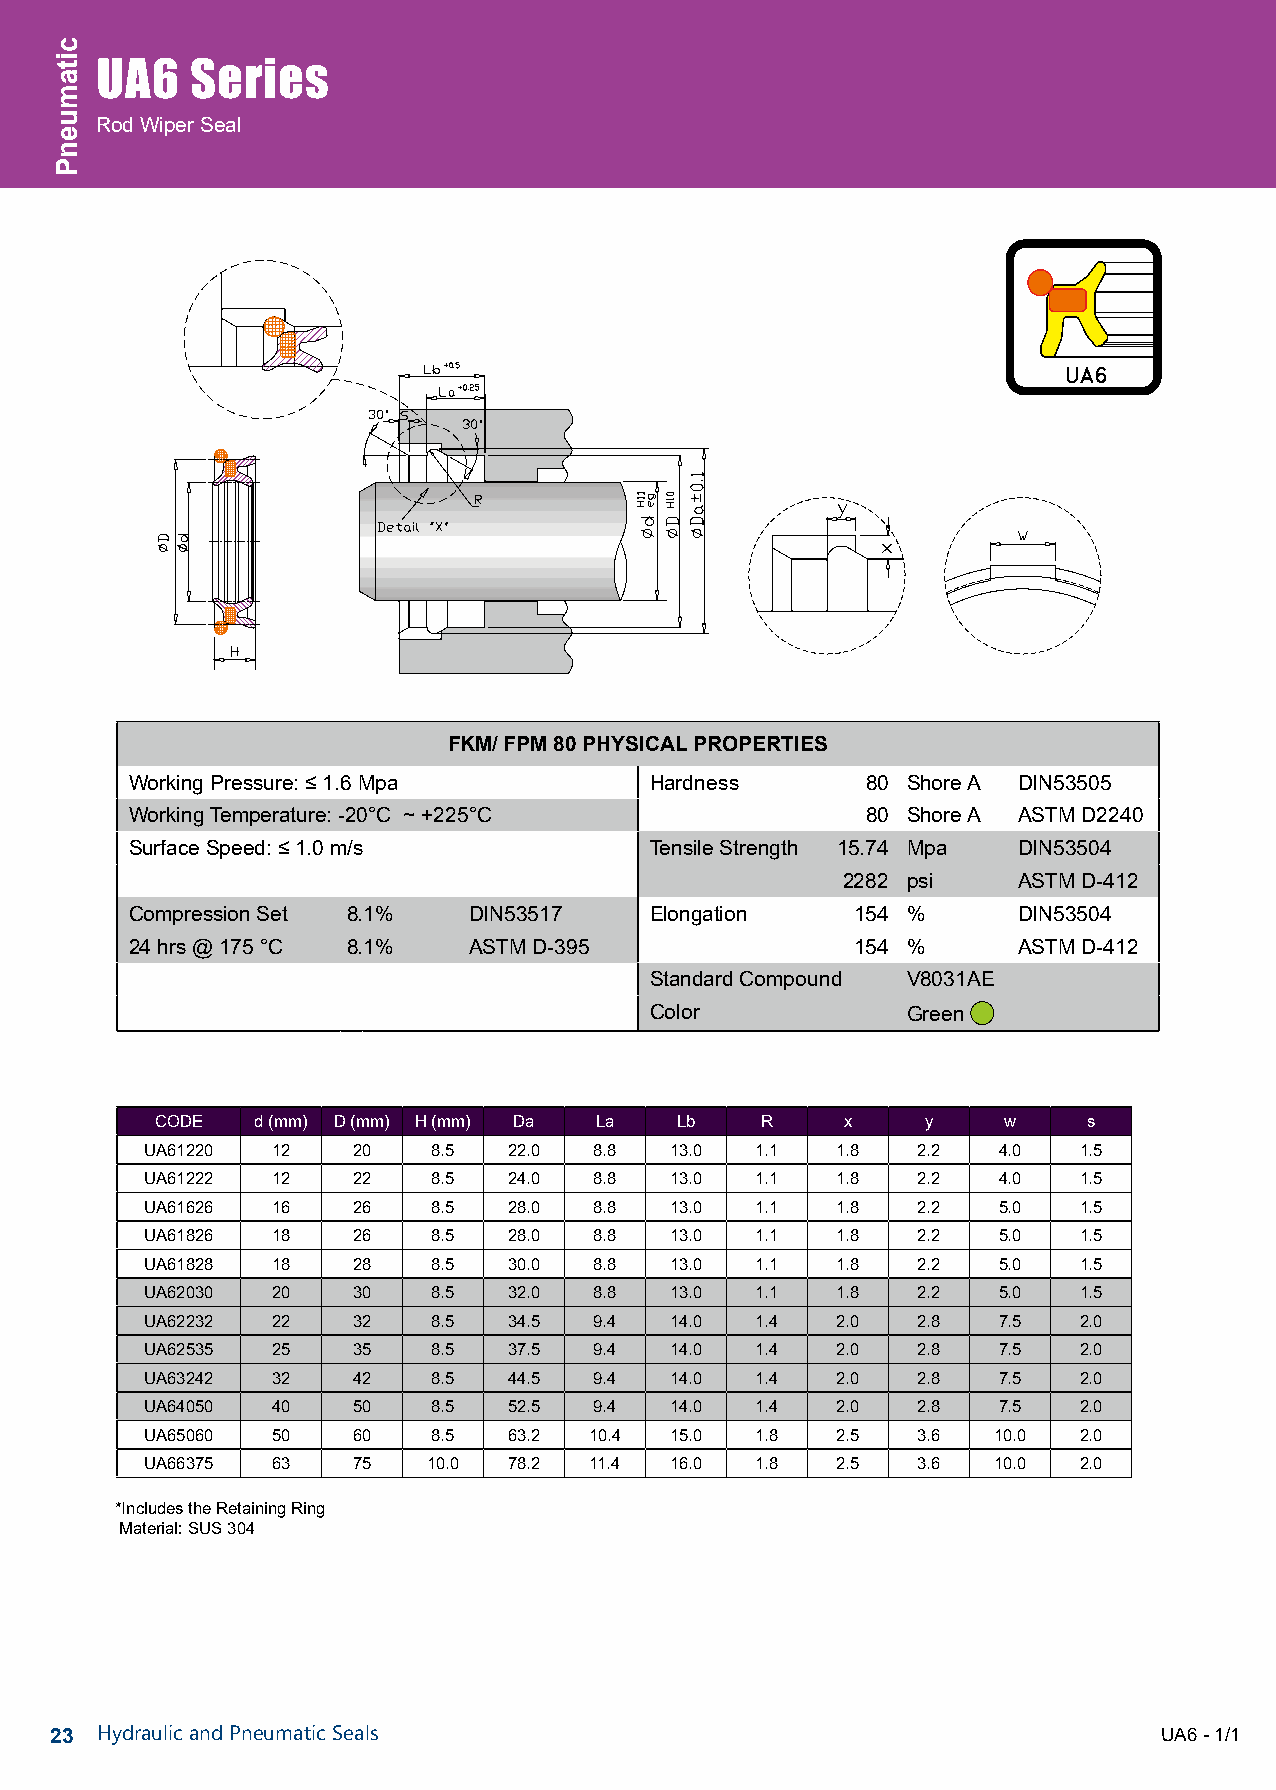
UA6    Series
 Rod Wiper Seal
 FKM/ FPM 80 PHYSICAL PROPERTIES
 Working Pressure: ≤ 1.6 Mpa       Hardness      80 Shore A DIN53505
 Working Temperature: -20°C ~ +225°C             80 Shore A ASTM D2240
 Surface Speed: ≤ 1.0 m/s          Tensile Strength 15.74 Mpa DIN53504
 2282 psi   ASTM D-412
 Compression Set 8.1%  DIN53517    Elongation    154 %     DIN53504
 24 hrs @ 175 °C 8.1%  ASTM D-395                154 %     ASTM D-412
 Standard Compound V8031AE
 Color            Green
 CODE   d (mm) D (mm) H (mm) Da La  Lb   R     x    y    w     s
 UA61220 12   20    8.5  22.0 8.8  13.0  1.1  1.8   2.2  4.0  1.5
 UA61222 12   22    8.5  24.0 8.8  13.0  1.1  1.8   2.2  4.0  1.5
 UA61626 16   26    8.5  28.0 8.8  13.0  1.1  1.8   2.2  5.0  1.5
 UA61826 18   26    8.5  28.0 8.8  13.0  1.1  1.8   2.2  5.0  1.5
 UA61828 18   28    8.5  30.0 8.8  13.0  1.1  1.8   2.2  5.0  1.5
 UA62030 20   30    8.5  32.0 8.8  13.0  1.1  1.8   2.2  5.0  1.5
 UA62232 22   32    8.5  34.5 9.4  14.0  1.4  2.0   2.8  7.5  2.0
 UA62535 25   35    8.5  37.5 9.4  14.0  1.4  2.0   2.8  7.5  2.0
 UA63242 32   42    8.5  44.5 9.4  14.0  1.4  2.0   2.8  7.5  2.0
 UA64050 40   50    8.5  52.5 9.4  14.0  1.4  2.0   2.8  7.5  2.0
 UA65060 50   60    8.5  63.2 10.4 15.0  1.8  2.5   3.6  10.0 2.0
 UA66375 63   75   10.0  78.2 11.4 16.0  1.8  2.5   3.6  10.0 2.0
 *Includes the Retaining Ring
 Material: SUS 304
 23 Hydraulic and Pneumatic Seals                                          UA6 - 1/1
 cciittaammuueennPP